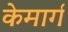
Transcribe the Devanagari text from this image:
केमार्ग